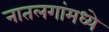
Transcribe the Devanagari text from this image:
नातलगांमध्ये